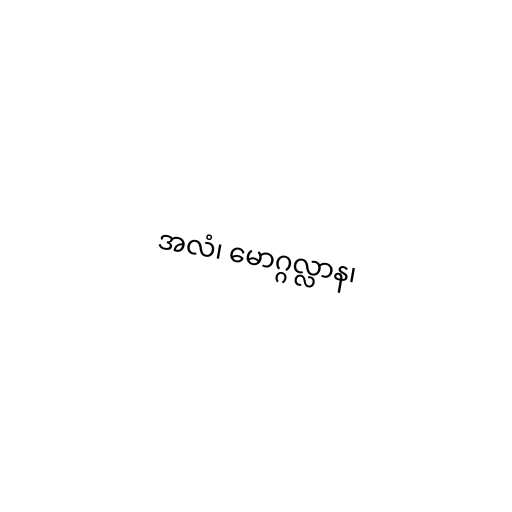
အလံ၊ မောဂ္ဂလ္လာန၊